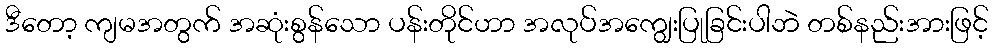
ဒီတော့ ကျမအတွက် အဆုံးစွန်သော ပန်းတိုင်ဟာ အလုပ်အကျွေးပြုခြင်းပါဘဲ တစ်နည်းအားဖြင့်